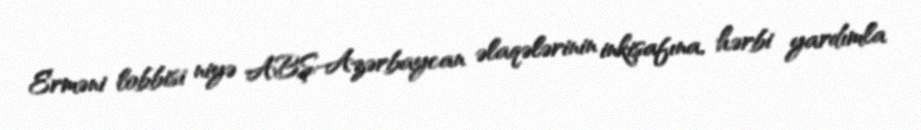
Erməni lobbisi niyə ABŞ-Azərbaycan əlaqələrinin inkişafına, hərbi yardımla